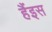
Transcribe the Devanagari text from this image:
हैंइस